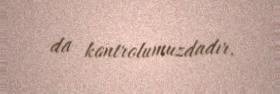
da kontrolumuzdadır.